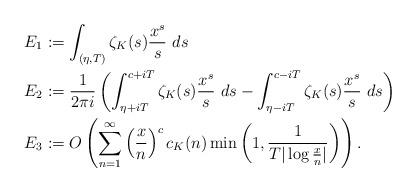
LaTeX: \begin{align*}&E_1:=\int_{(\eta,T)} \zeta_K(s) \frac{x^s}{s} \ ds \\&E_2: = \frac{1}{2\pi i} \left( \int_{\eta+iT}^{c+iT} \zeta_K(s) \frac{x^s}{s} \ ds -\int_{\eta-iT}^{c-iT} \zeta_K(s) \frac{x^s}{s} \ ds \right) \\&E_3:= O \left(\sum_{n=1}^\infty \left( \frac{x}{n}\right)^c c_K(n) \min\left(1,\frac{1}{T|\log \frac{x}{n}|} \right) \right).\end{align*}